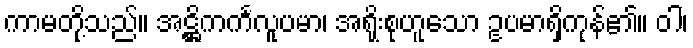
ကာမတို့သည်။ အဋ္ဌိကင်္ကလူပမာ၊ အရိုးစုဟူသော ဥပမာရှိကုန်၏။ ဝါ၊